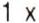
1 X